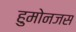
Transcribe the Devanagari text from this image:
हुमोनजस